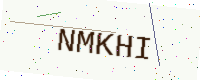
Text: NMKHI